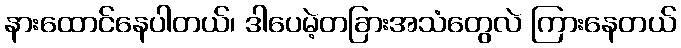
နားထောင်နေပါတယ်၊ ဒါပေမဲ့တခြားအသံတွေလဲ ကြားနေတယ်